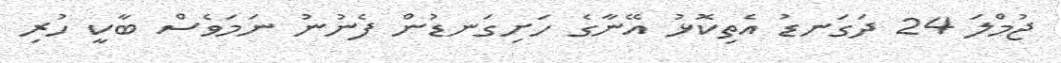
ޖުމްލަ 24 ދަގަނޑު އެތިކޮޅު އޭނާގެ ހަށިގަނޑުން ފެނުނު ނަމަވެސް ބާކީ ހުރި